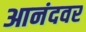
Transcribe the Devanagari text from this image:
आनंदवर